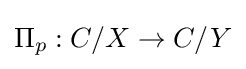
\Pi _{p}:C/X\to C/Y